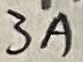
Text: 3A